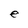
Character: e